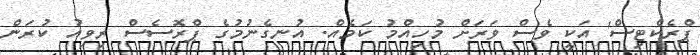
ޕްރެކްޓިސް' އަކީ ވެސް ވަރަށް މުހިއްމު ކަމެއް. އުނގެނުމުގެ ޕްރޮސެސް ރިވިއު ކުރަން